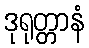
ဒုရုတ္တာနံ